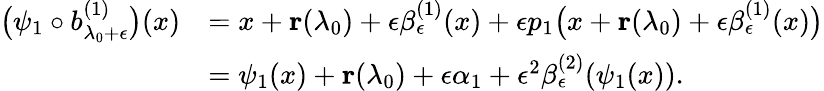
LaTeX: \begin{array}{rl}{\big(\psi_{1}\circ b_{\lambda_{0}+\epsilon}^{(1)}\big)(x)}&{=x+\mathbf r(\lambda_{0})+\epsilon\beta_{\epsilon}^{(1)}(x)+\epsilon p_{1}\big(x+\mathbf r(\lambda_{0})+\epsilon\beta_{\epsilon}^{(1)}(x)\big)}\\ &{=\psi_{1}(x)+\mathbf r(\lambda_{0})+\epsilon\alpha_{1}+\epsilon^{2}\beta_{\epsilon}^{(2)}(\psi_{1}(x)).}\end{array}